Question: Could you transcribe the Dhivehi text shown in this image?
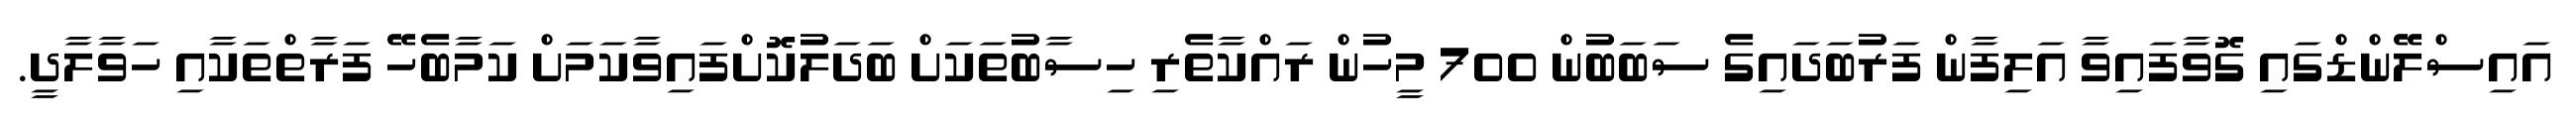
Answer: އައިސްލޭންޑްގައި ގޮވާފައިވާ އަލިފާން ފަރުބަދައިގެ ސަބަބުން 700 މީހުން ރައްކާތެރި ހިސާބުތަކަށް ބަދަލުކޮށްފައިވާކަމަށް ކަމާބެހޭ ފަރާތްތަކާއި ހަވާލާދީ.